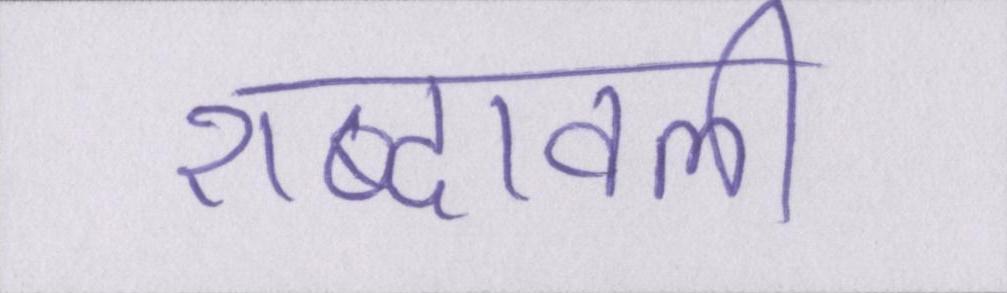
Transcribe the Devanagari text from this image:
शब्दावली